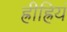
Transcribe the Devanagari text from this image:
ह्रीह्रियं